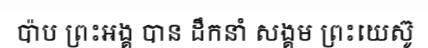
ប៉ាប ព្រះអង្គ បាន ដឹកនាំ សង្គម ព្រះយេស៊ូ